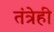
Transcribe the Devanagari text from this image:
तंत्रेही